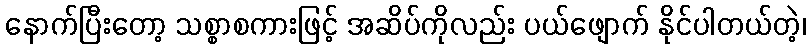
နောက်ပြီးတော့ သစ္စာစကားဖြင့် အဆိပ်ကိုလည်း ပယ်ဖျောက် နိုင်ပါတယ်တဲ့၊